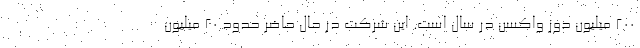
200 میلیون دوز واکسن در سال است. این شرکت در حال حاضر حدود 20 میلیون